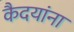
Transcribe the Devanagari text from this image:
कैदयांना